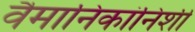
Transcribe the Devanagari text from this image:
वैमानिकांनिशी